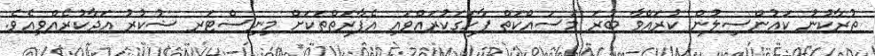
ތުރާކުނު ކައުންސިލުން ކުރައްވާ ބުރަ މަސައްކަތް ފާހަގަކުރައްވައި އެފާރަތްތަކަށް މިނިސްޓަރ ޝުކުރު އަދާކުރެއްވިއެވެ.